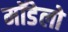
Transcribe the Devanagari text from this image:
मॉडेलो